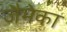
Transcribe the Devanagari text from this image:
जैमेका